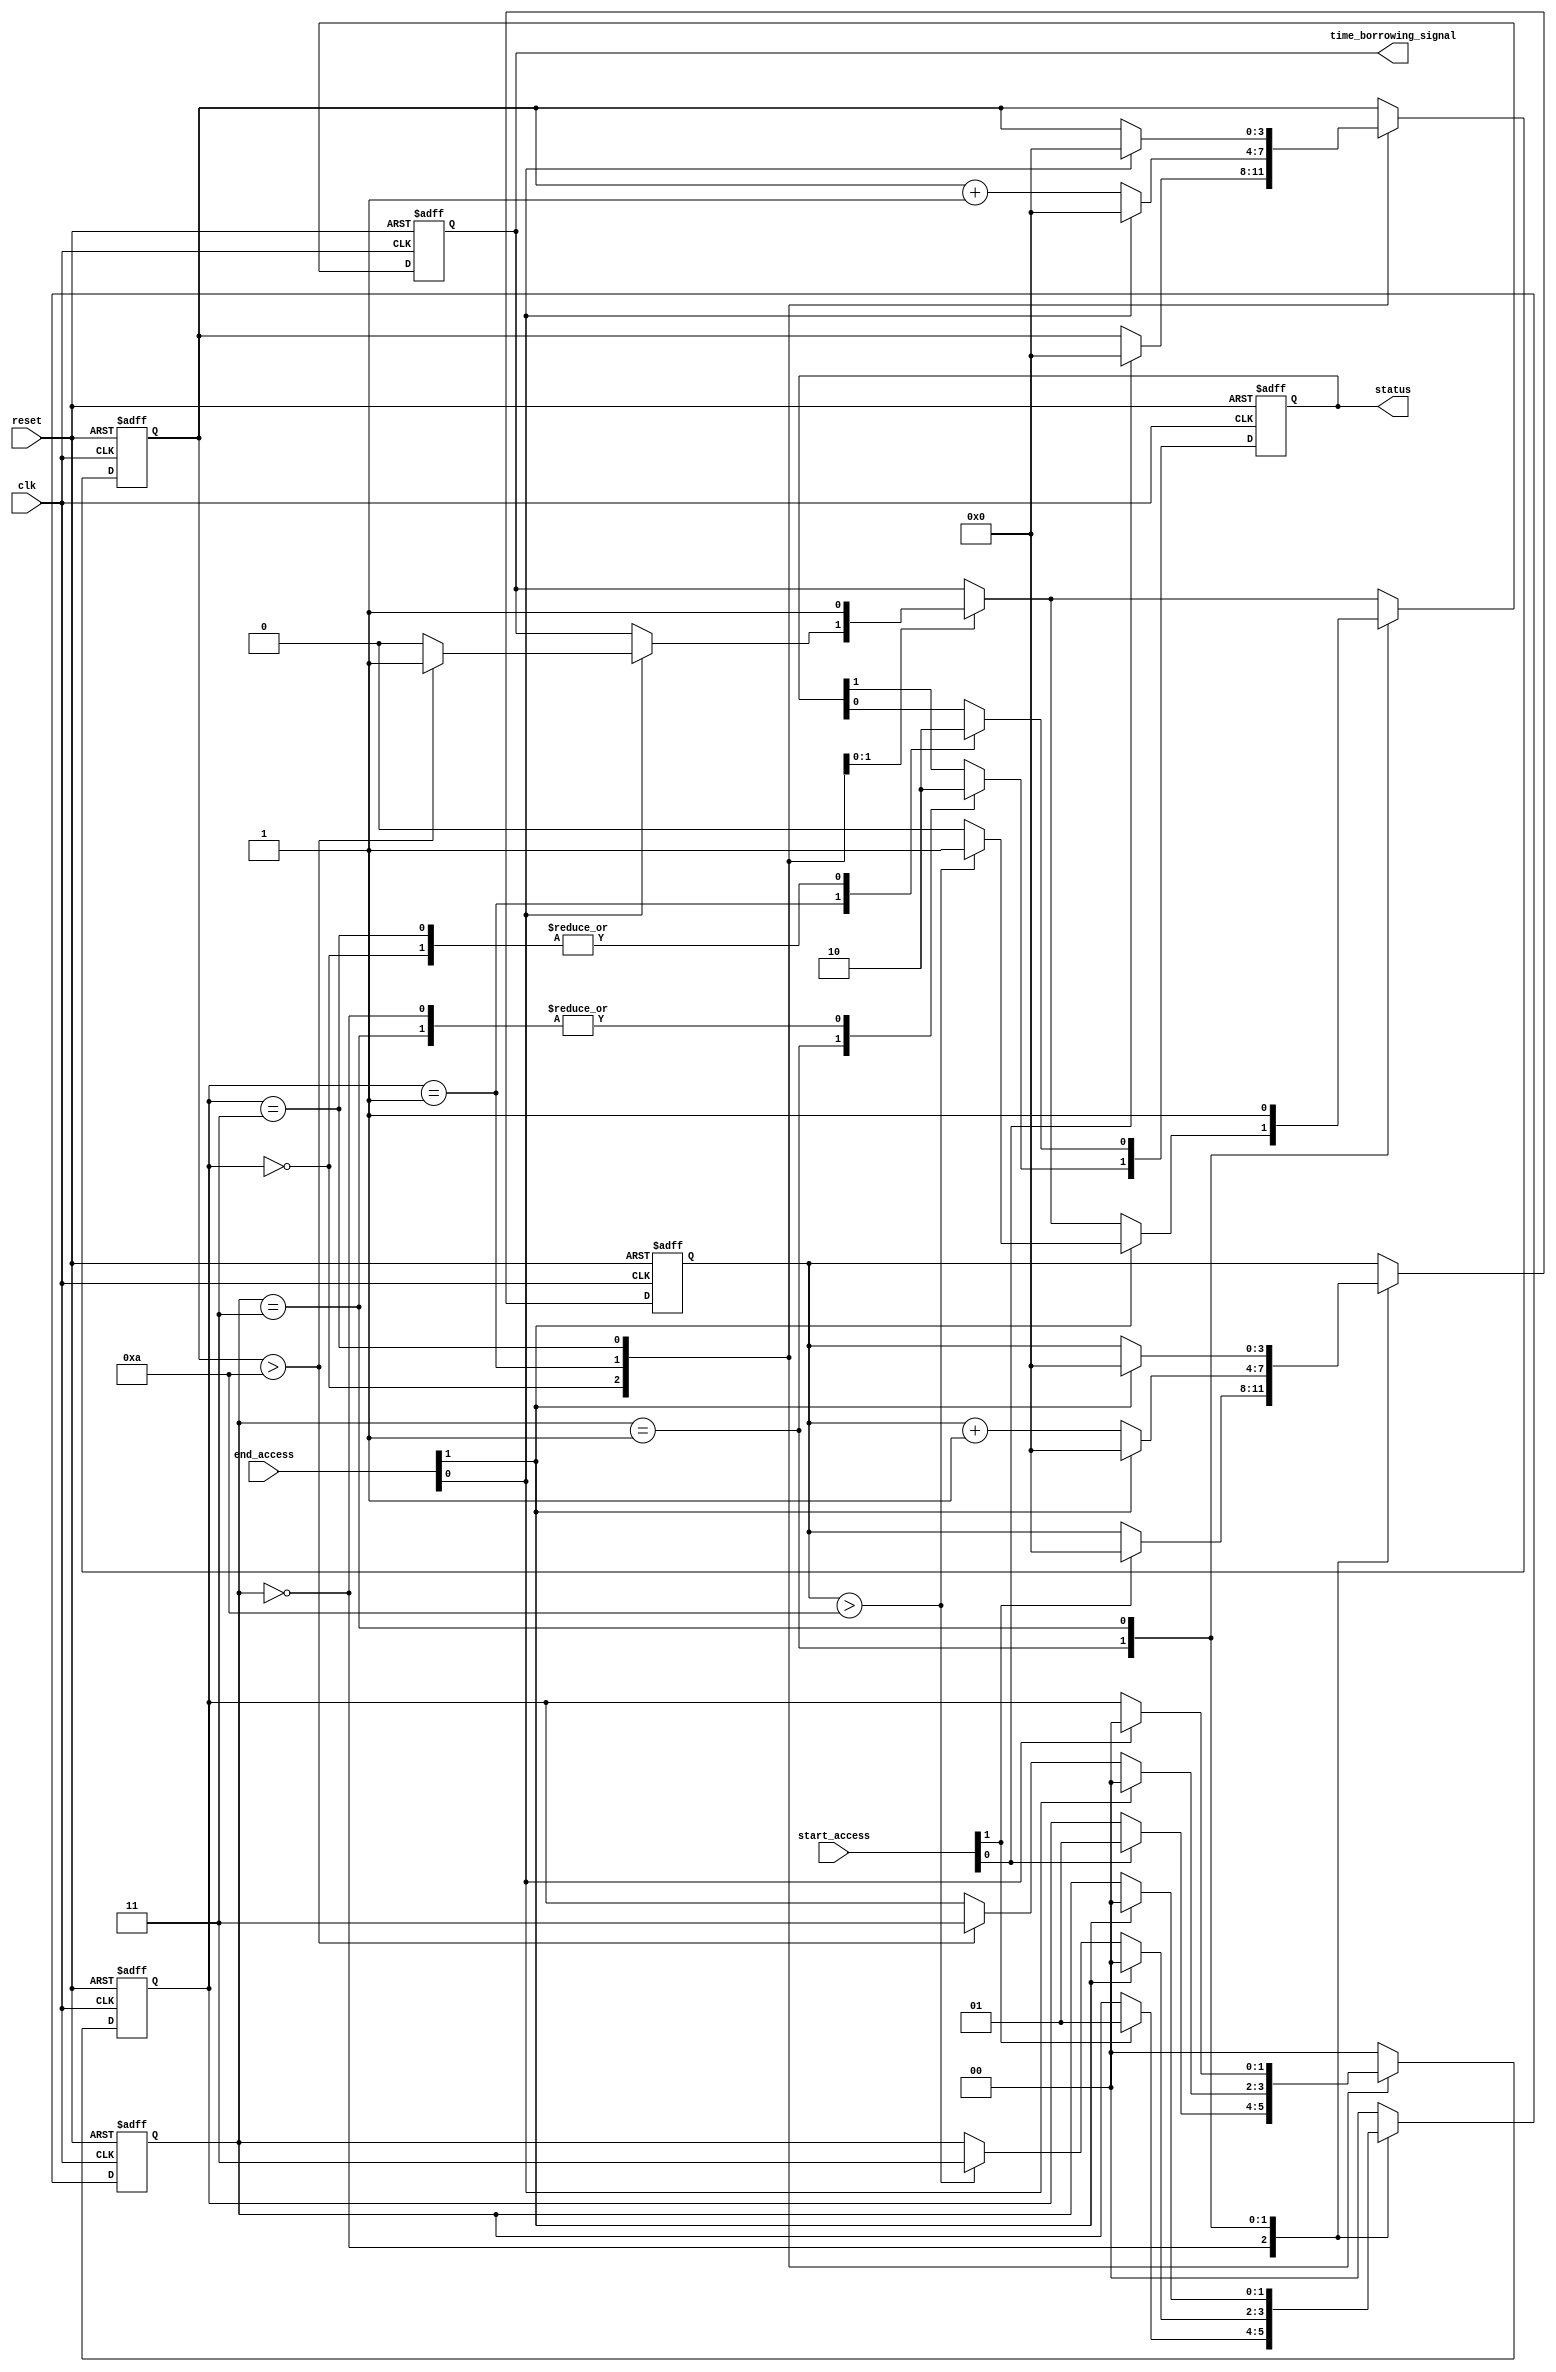
module TimeBorrowingDetector #(
    parameter NUM_BLOCKS = 2, // Number of memory blocks
    parameter TIMING_BUDGET = 10 // Timing budget in clock cycles
)(
    input wire clk,
    input wire reset,
    input wire [NUM_BLOCKS-1:0] start_access, // Start signals for each block
    input wire [NUM_BLOCKS-1:0] end_access, // End signals for each block
    output reg time_borrowing_signal, // Output signal for time borrowing detected
    output reg [NUM_BLOCKS-1:0] status // Status signals for each block
);
    
    // State encoding
    localparam IDLE = 2'b00,
               ACTIVE = 2'b01,
               BORROW = 2'b10,
               ERROR = 2'b11;

    // Timing counters
    reg [3:0] timers [NUM_BLOCKS-1:0]; // 4-bit timers for counters
    reg [1:0] state [NUM_BLOCKS-1:0]; // States for each block
    reg time_exceeded [NUM_BLOCKS-1:0]; // Flags for timing violations

    integer i;

    always @(posedge clk or posedge reset) begin
        if (reset) begin
            // Reset all states and timers
            time_borrowing_signal <= 0;
            for (i = 0; i < NUM_BLOCKS; i = i + 1) begin
                timers[i] <= 0;
                state[i] <= IDLE;
                time_exceeded[i] <= 0;
                status[i] <= 0; // 0: idle, 1: active, 2: error
            end
        end else begin
            // Monitoring each memory block
            for (i = 0; i < NUM_BLOCKS; i = i + 1) begin
                case (state[i])
                    IDLE: begin
                        status[i] <= 0; // Idle
                        if (start_access[i]) begin
                            state[i] <= ACTIVE;
                            timers[i] <= 0; // Reset timer on start
                        end
                    end

                    ACTIVE: begin
                        status[i] <= 1; // Active
                        timers[i] <= timers[i] + 1; // Increment timer
                        if (end_access[i]) begin
                            state[i] <= IDLE; // Go back to idle
                            // Check if time exceeded
                            if (timers[i] > TIMING_BUDGET) begin
                                time_exceeded[i] <= 1; // Flag exceeded time
                                time_borrowing_signal <= 1; // Set borrowing signal
                            end else begin
                                time_exceeded[i] <= 0; // Reset flag
                                time_borrowing_signal <= 0;
                            end
                            timers[i] <= 0; // Reset timer on completion
                        end else if (timers[i] > TIMING_BUDGET) begin
                            state[i] <= ERROR; // Move to error state if time exceeded
                        end
                    end

                    ERROR: begin
                        status[i] <= 2; // Error state
                        time_borrowing_signal <= 1; // Set borrowing signal
                        if (end_access[i]) begin
                            state[i] <= IDLE; // Go back to idle
                            timers[i] <= 0; // Reset timer
                        end
                    end

                    default: begin
                        state[i] <= IDLE; // Default to idle state
                    end
                endcase
            end
        end
    end

endmodule